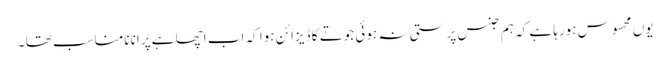
یوں محسوس ہورہا ہے کہ ہم جنس پرستی نہ ہوئی جوتے کا ڈیزائن ہوا کہ اب اچھا ہے پرانا نامناسب تھا ۔